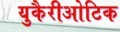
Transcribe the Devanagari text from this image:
युकैरीओटिक